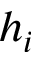
h _ { i }